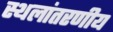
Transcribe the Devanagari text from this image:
स्थलांतरणीय